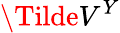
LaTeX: \Tilde{V}^{Y}